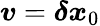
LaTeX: \boldsymbol{v}=\boldsymbol{\delta\mathit{x}}_{0}